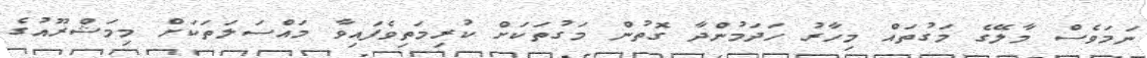
ނަމަވެސް މާލޭގެ މަގުތައް މިހާރު ހަދަމުންދާ ގޮތުން މަގުތަކަށް ކުރިމަތިވެފައިވާ މައްސަލަތަކަށް މިމަޝްރޫއުގެ